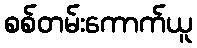
စစ်တမ်းကောက်ယူ